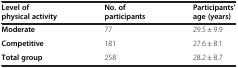
<table><thead><tr><td><b>Level of physical activity</b></td><td><b>No. of participants</b></td><td><b>Participants’age (years)</b></td></tr></thead><tbody><tr><td><b>Moderate</b></td><td>77</td><td>29.5 ± 9.9</td></tr><tr><td><b>Competitive</b></td><td>181</td><td>27.6 ± 8.1</td></tr><tr><td><b>Total group</b></td><td>258</td><td>28.2 ± 8.7</td></tr></tbody></table>